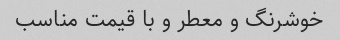
خوشرنگ و معطر و با قیمت مناسب